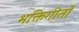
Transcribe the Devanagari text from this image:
भक्तिगीतोँ